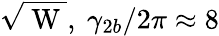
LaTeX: \sqrt{\mathrm{~W~}},~\gamma_{2b}/2\pi\approx 8